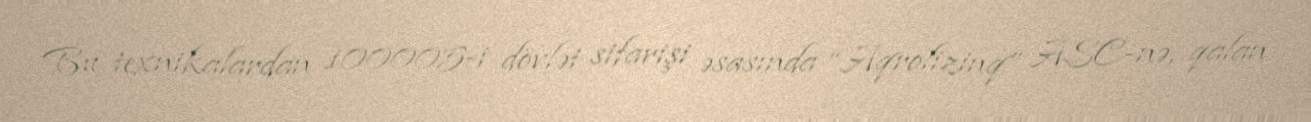
Bu texnikalardan 100005-i dövlət sifarişi əsasında “Aqrolizinq” ASC-nə, qalan